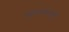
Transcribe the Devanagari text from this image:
सहजानन्दो